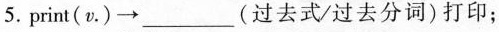
print（v\cdot ）\to ___(过去式/过去分词)打印；